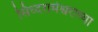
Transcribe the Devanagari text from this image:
सिध्दरामेश्वराच्या